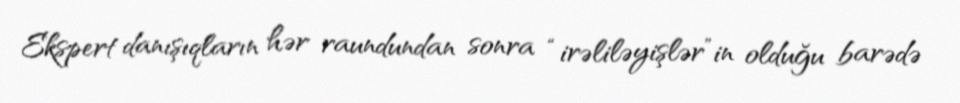
Ekspert danışıqların hər raundundan sonra “irəliləyişlər”in olduğu barədə